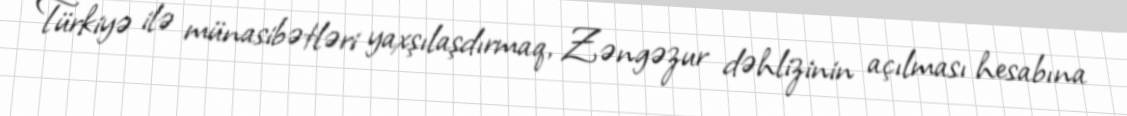
Türkiyə ilə münasibətləri yaxşılaşdırmaq, Zəngəzur dəhlizinin açılması hesabına